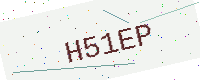
Text: H51EP